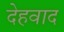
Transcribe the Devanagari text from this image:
देहवाद